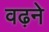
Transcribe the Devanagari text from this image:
वढ़ने